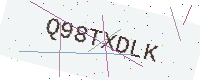
Text: Q98TXDLK